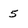
Character: 5